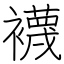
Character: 襪